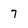
Character: 7